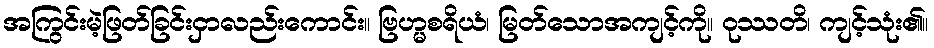
အကြွင်းမဲ့ဖြတ်ခြင်းငှာလည်းကောင်း။ ဗြဟ္မစရိယံ၊ မြတ်သောအကျင့်ကို။ ဝုဿတိ၊ ကျင့်သုံး၏။